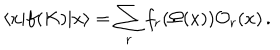
\langle x | f ( K ) | x \rangle = \sum _ { r } f _ { r } ( \Omega ( x ) ) { \cal O } _ { r } ( x ) \, .